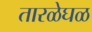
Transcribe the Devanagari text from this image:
तारळेघळ